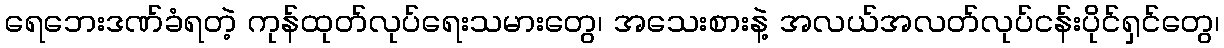
ရေဘေးဒဏ်ခံရတဲ့ ကုန်ထုတ်လုပ်ရေးသမားတွေ၊ အသေးစားနဲ့ အလယ်အလတ်လုပ်ငန်းပိုင်ရှင်တွေ၊